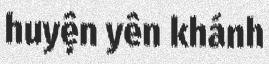
huyện yên khánh